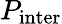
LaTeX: P_{\mathrm{inter}}